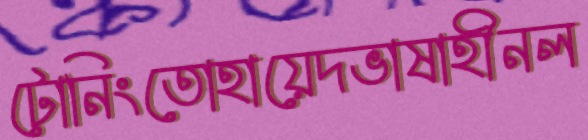
টোনিংতোহায়েদভাষাহীনল